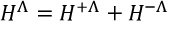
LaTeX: H ^ { \Lambda } = H ^ { + \Lambda } + H ^ { - \Lambda }